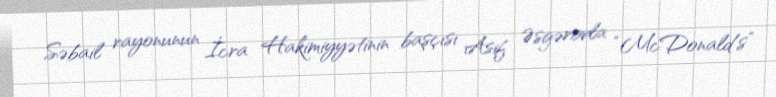
Səbail rayonunun İcra Hakimiyyətinin başçısı Asif Əsgərovla “McDonald's”